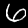
Label: 6